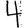
Digit: 4